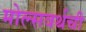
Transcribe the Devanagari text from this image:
मोल्सवर्थची